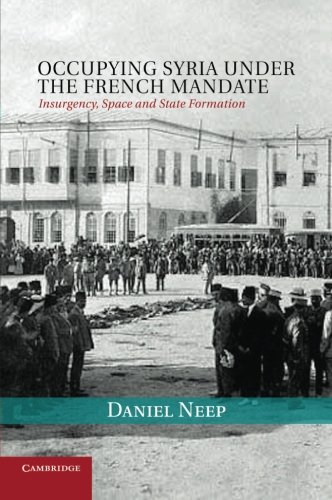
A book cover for Occupying Syria under the French Mandate: Insurgency, Space and State Formation (Cambridge Middle East Studies); Dr Daniel Neep; History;